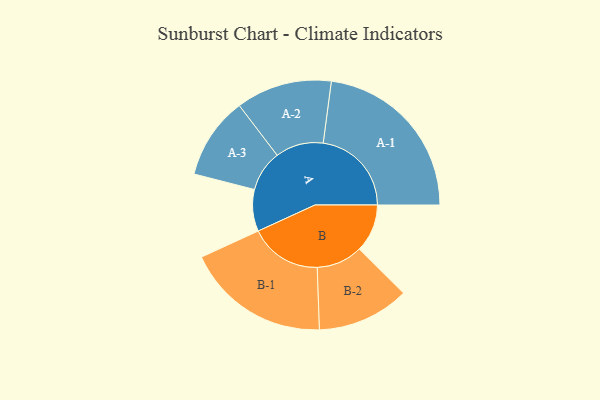
{"axis": {"x": "Segment", "y": "Value"}, "legend": ["", "A", "B"], "data": [{"x": "A", "y": 114, "type": ""}, {"x": "B", "y": 131, "type": ""}, {"x": "A-1", "y": 241, "type": "A"}, {"x": "A-2", "y": 131, "type": "A"}, {"x": "A-3", "y": 112, "type": "A"}, {"x": "B-1", "y": 197, "type": "B"}, {"x": "B-2", "y": 126, "type": "B"}]}